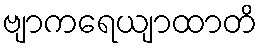
ဗျာကရေယျာထာတိ